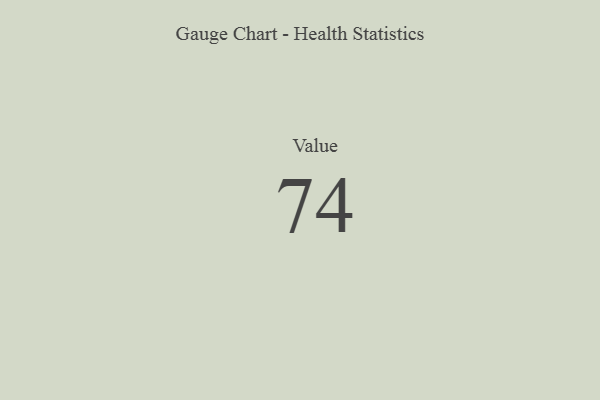
{"axis": {"x": "Metric", "y": "Value"}, "legend": [""], "data": [{"x": "Value", "y": 74, "type": ""}]}